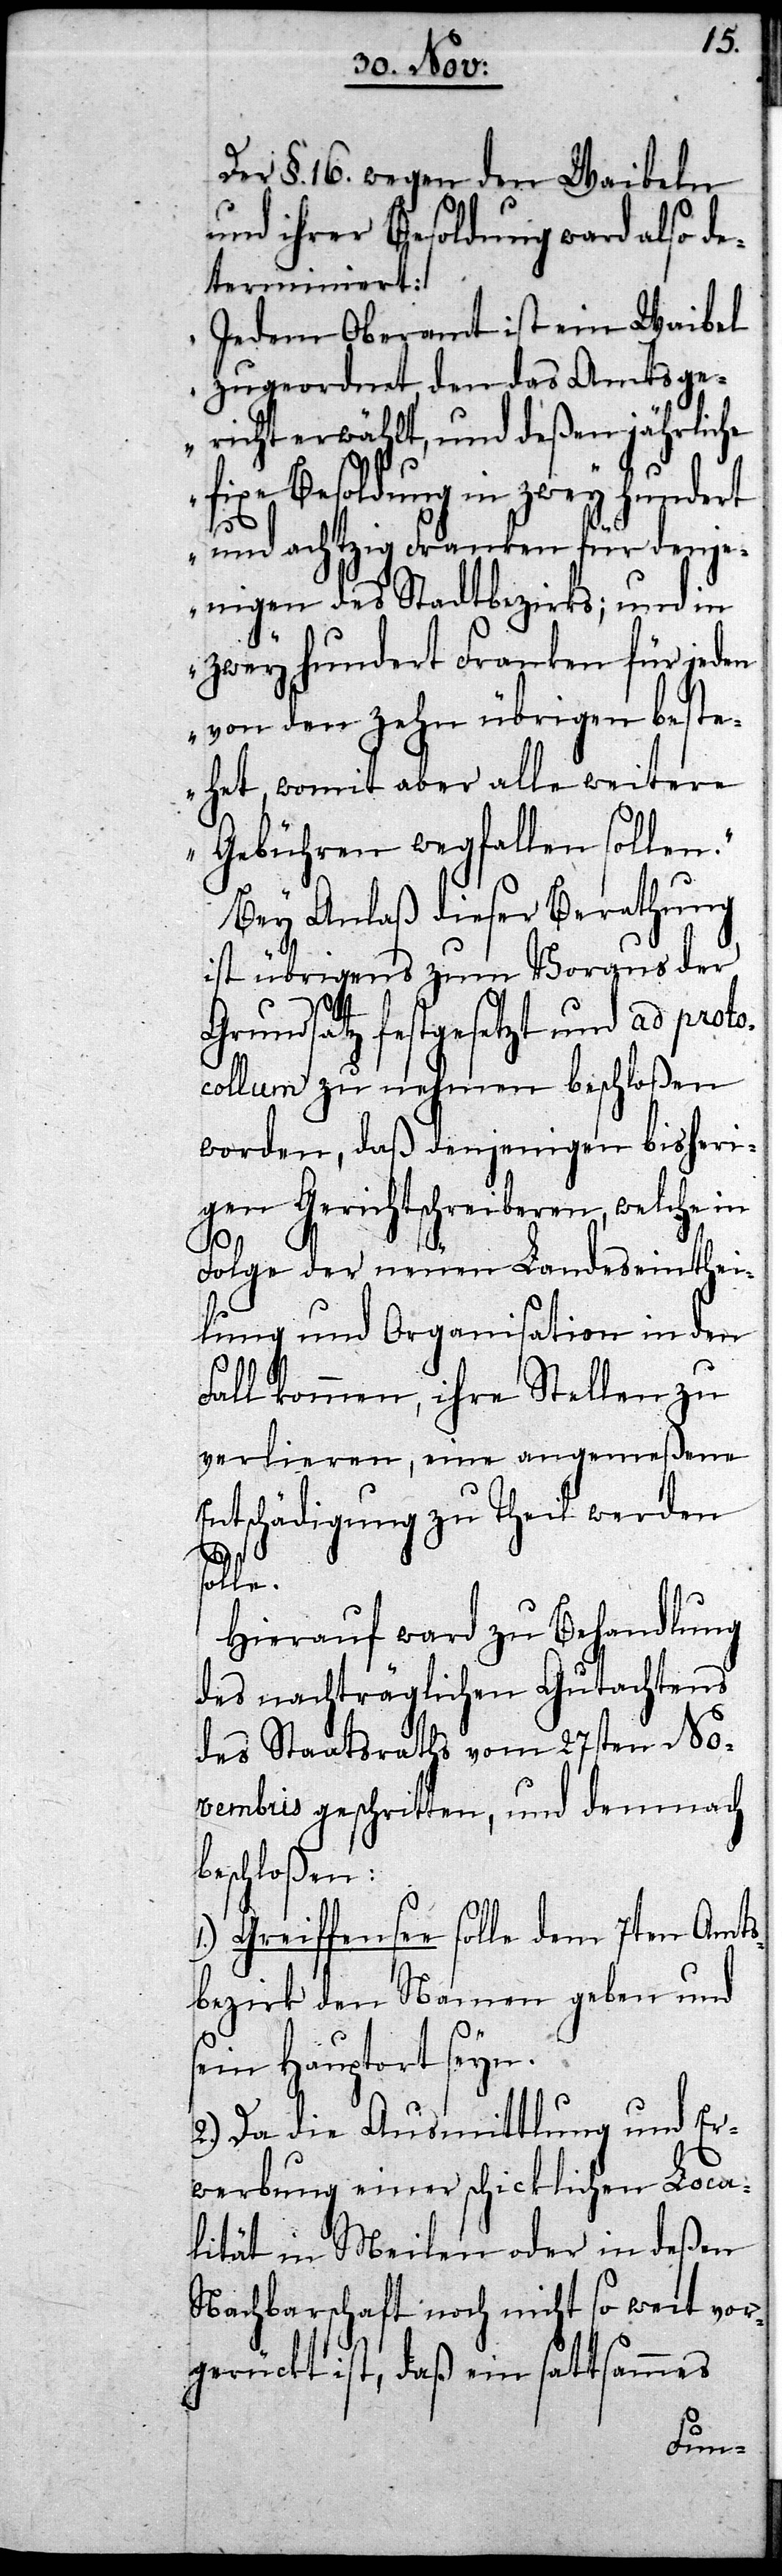
Der §. 16. wegen den Waibeln
und ihrer Besoldung ward also de¬
terminiert:
„Jedem Oberamt ist ein Waibel
zugeordnet, den das Amtsge¬
richt erwählt, und deßen jährliche
fixe Besoldung in zwey hundert
und achtzig Franken für denje¬
nigen des Stadtbezirks; und in
zwey hundert Franken für jeden
von den zehn übrigen beste¬
het, womit aber alle weitere
Gebühren wegfallen sollen.“
Bey Anlaß dieser Berathung
ist übrigens zum Voraus der
Grundsatz festgesetzt und ad proto¬
collum zu nehmen beschloßen
worden, daß denjenigen bisheri¬
gen Gerichtsschreiberen, welche in
Folge der neuen Landeseinthei¬
lung und Organisation in den
Fall kommen, ihre Stellen zu
verlieren, eine angemeßene
Entschädigung zu Theil werden
solle.
Hierauf ward zu Behandlung
des nachträglichen Gutachtens
des Staatsraths vom 27sten No¬
vembris geschritten, und demnach
beschlossen:
Greiffensee solle dem 7ten Amts¬
bezirk den Namen geben und
sein Hauptort seyn.
2.) Da die Ausmittlung und Er¬
werbung einer schicklichen Loca¬
lität in Meilen oder in deßen
Nachbarschaft noch nicht so weit vor¬
gerückt ist, daß ein sattsammes